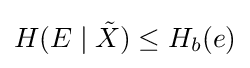
H(E\mid {\tilde {X}})\leq H_{b}(e)